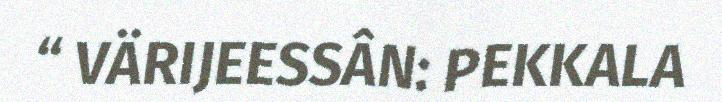
“ VÄRIJEESSÂN: PEKKALA